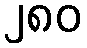
၂၈၀